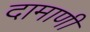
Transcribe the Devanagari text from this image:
दामाणी